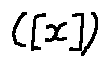
( [ X ] )